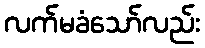
လက်မခံသော်လည်း